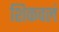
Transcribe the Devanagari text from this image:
शिकवलं